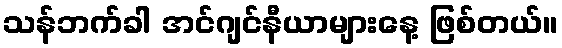
သန်ဘက်ခါ အင်ဂျင်နီယာများနေ့ ဖြစ်တယ်။